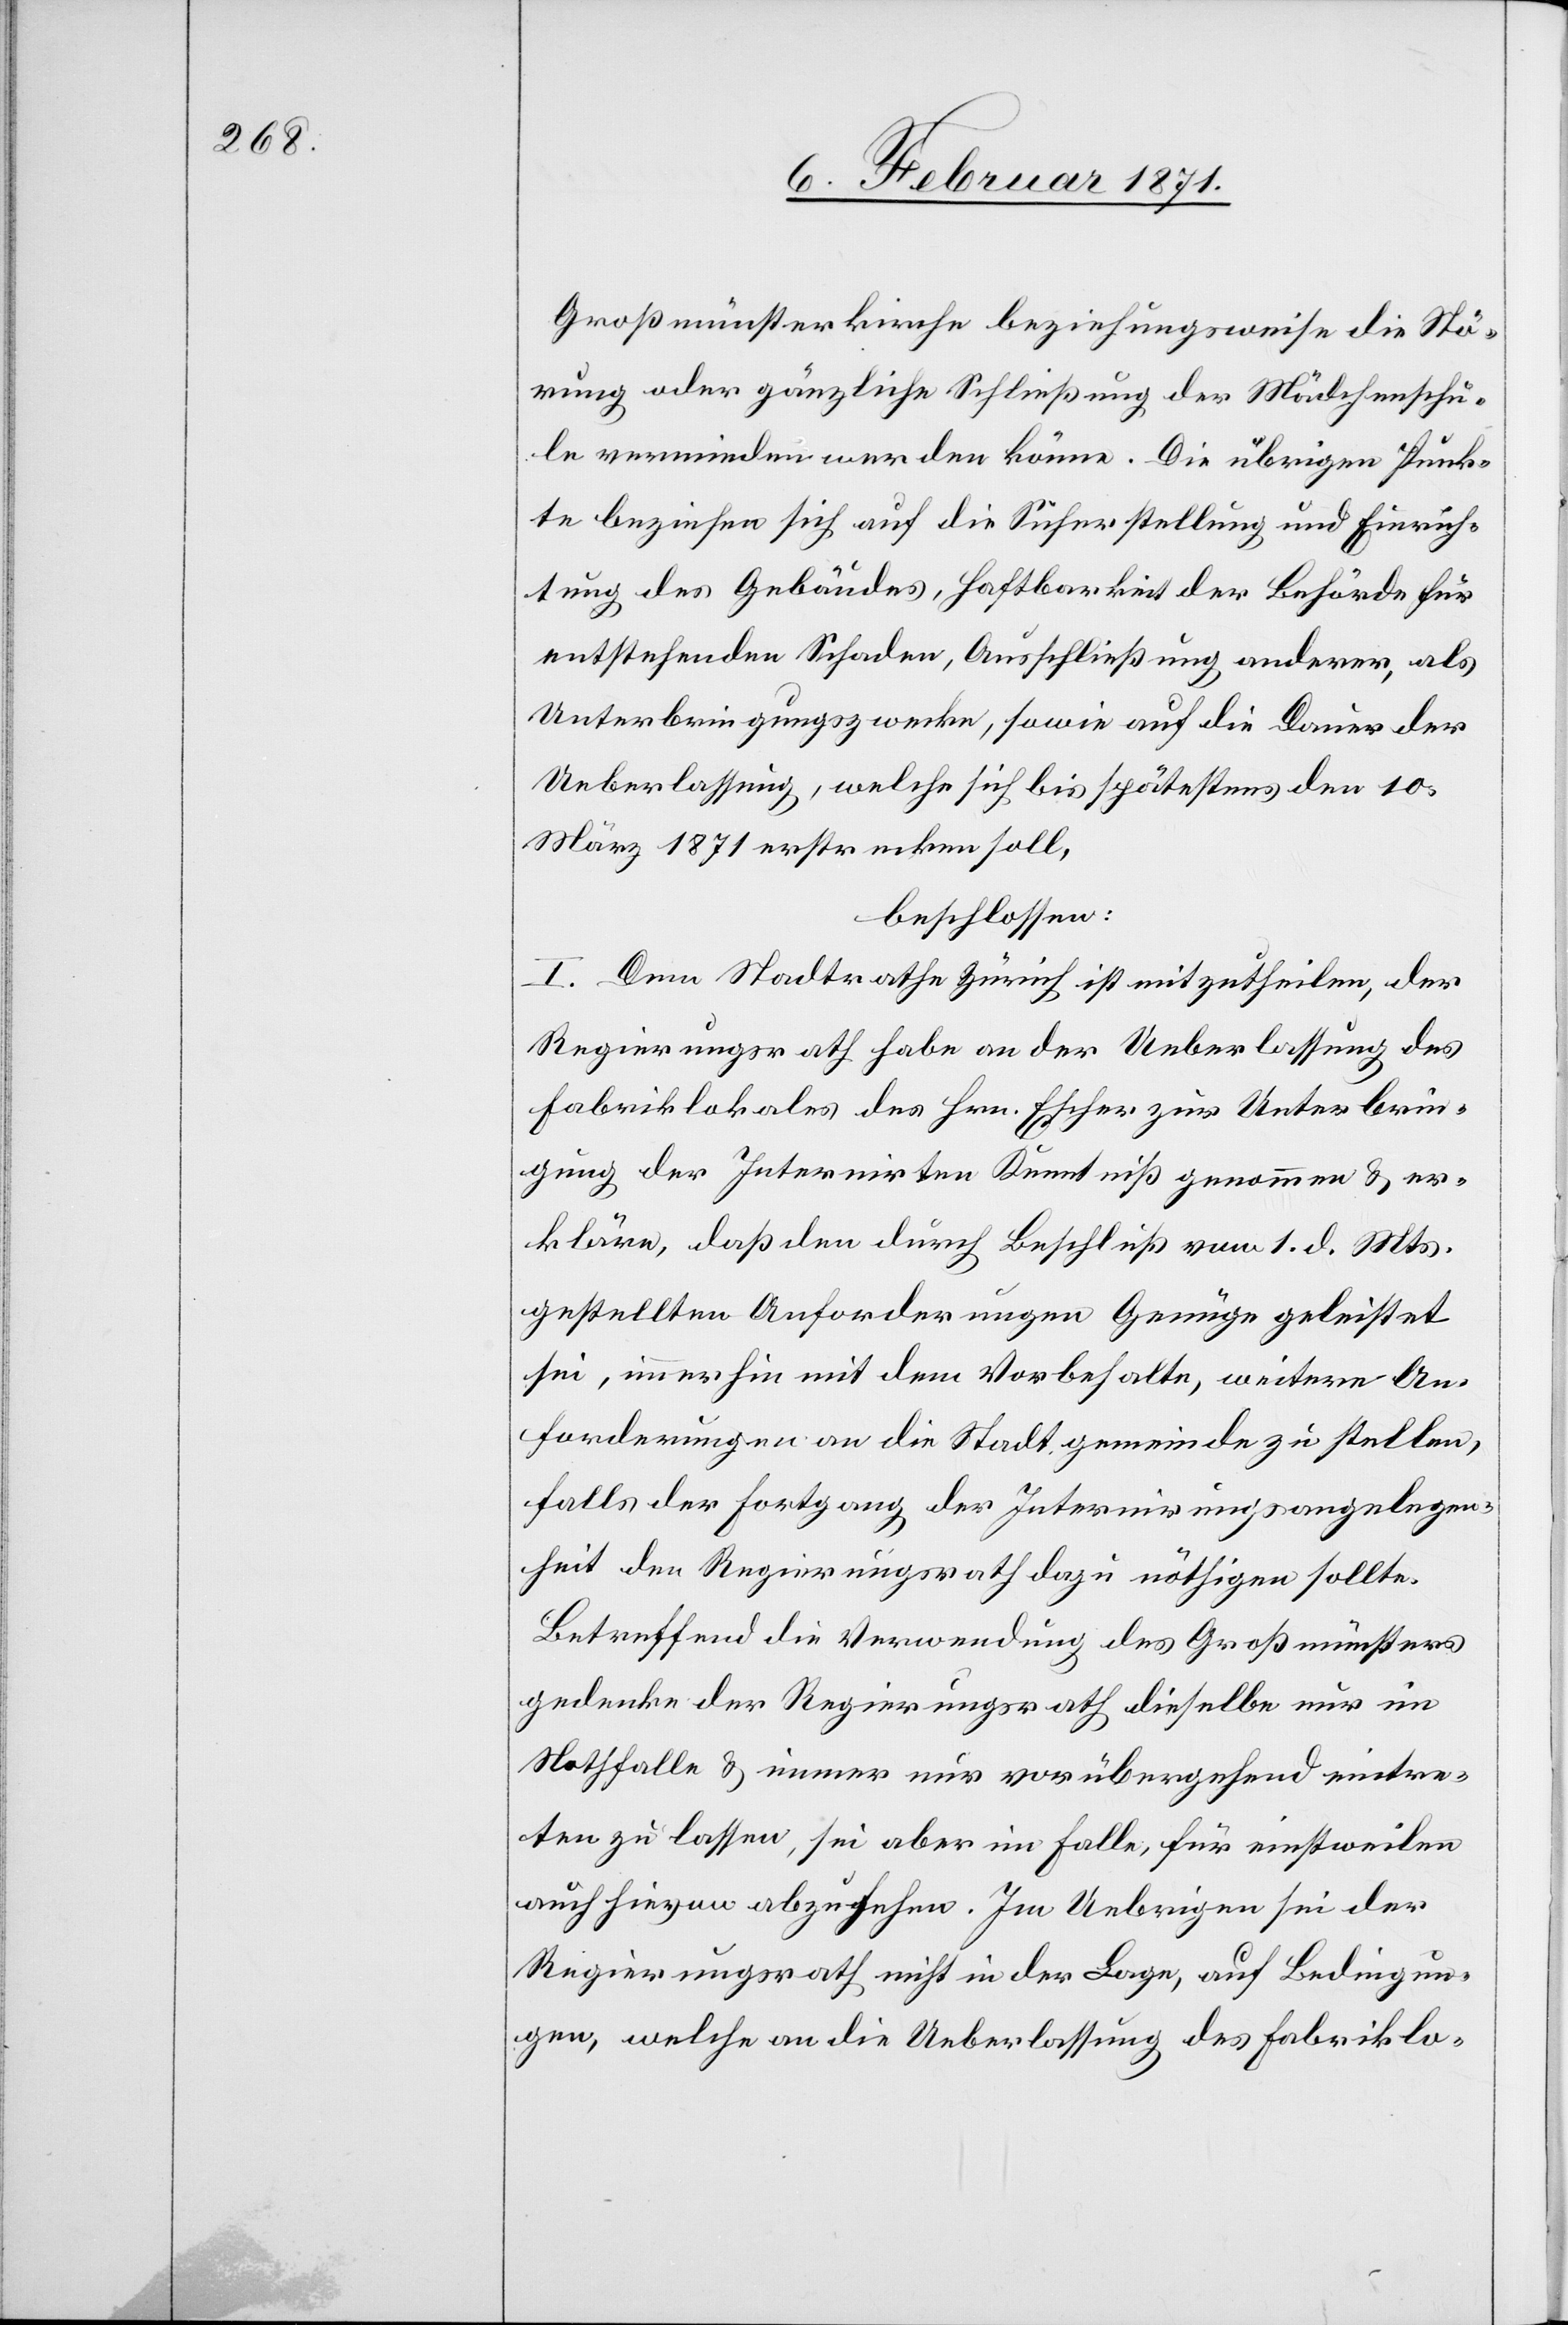
Großmünsterkirche beziehungsweise die Stö¬
rung oder gänzliche Schließung der Mädchenschu¬
le vermieden werden könne. Die übrigen Punk¬
te beziehen sich auf die Sicherstellung und Einrich¬
tung des Gebäudes, Haftbarkeit der Behörde für
entstehenden Schaden, Ausschließung anderer, als
Unterbringungszwecke, sowie auf die Dauer der
Ueberlassung, welche sich bis spätestens den 10.
März 1871 erstrecken soll,
beschlossen:
I. Dem Stadtrathe Zürich ist mitzutheilen, der
Regierungsrath habe an der Ueberlassung des
Fabriklokales des Hrn. Escher zur Unterbrin¬
gung der Internirten Kenntniß genommen u. er¬
kläre, daß den durch Beschluß vom 1. d. Mts.
gestellten Anforderungen Genüge geleistet
sei, immerhin mit dem Vorbehalte, weitere An¬
forderungen an die Stadtgemeinde zu stellen,
falls der Fortgang der Internirungsangelegen¬
heit den Regierungsrath dazu nöthigen sollte.
Betreffend die Verwendung des Großmünsters
gedenke der Regierungsrath dieselbe nur im
Nothfalle u. immer nur vorübergehend eintre¬
ten zu lassen, sei aber im Falle, für einstweilen
auch hievon abzusehen. Im Uebrigen sei der
Regierungsrath nicht in der Lage, auf Bedingun¬
gen, welche an die Ueberlassung des Fabriklo-